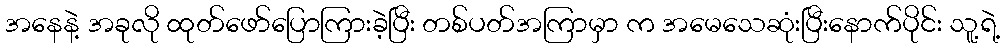
အနေနဲ့ အခုလို ထုတ်ဖော်ပြောကြားခဲ့ပြီး တစ်ပတ်အကြာမှာ က အမေသေဆုံးပြီးနောက်ပိုင်း သူ့ရဲ့